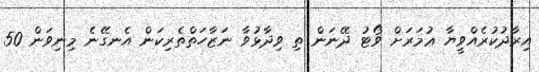
އިރާދުކުރެއްވީޔާ ޢުމަރަށް ވޯޓު ދޭނަން ތި ވިދާޅުވާ ނަޒާހަތްތެރިކަން އެނގޭނެ މިނިވަން 50